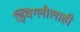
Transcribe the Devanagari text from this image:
झ्विंग्लीलाही